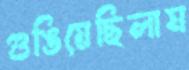
গুঙিয়েছিলাম